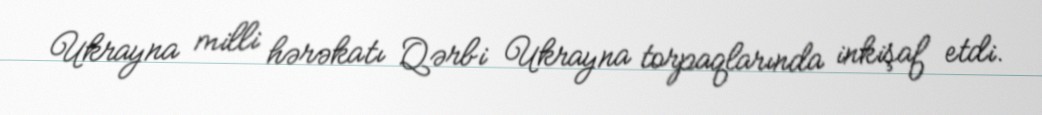
Ukrayna milli hərəkatı Qərbi Ukrayna torpaqlarında inkişaf etdi.